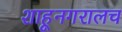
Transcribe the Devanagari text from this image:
शाहूनगरालच